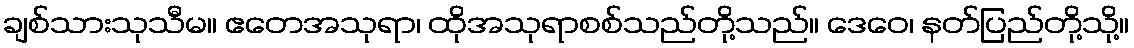
ချစ်သားသုသီမ။ ဧတေအသုရာ၊ ထိုအသုရာစစ်သည်တို့သည်။ ဒေဝေ၊ နတ်ပြည်တို့သို့။